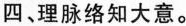
四、理脉络知大意。